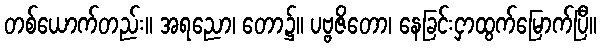
တစ်ယောက်တည်း။ အရညော၊ တော၌။ ပဗ္ဗဇိတော၊ နေခြင်းငှာထွက်မြောက်ပြီ။